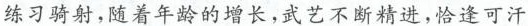
练习骑射，随着年龄的增长，武艺不断精进，恰逢可汗